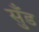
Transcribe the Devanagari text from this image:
सुँड